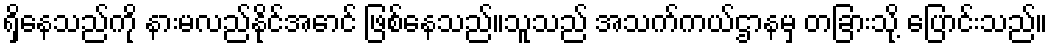
ရှိနေသည်ကို နားမလည်နိုင်အောင် ဖြစ်နေသည်။သူသည် အသက်ကယ်ဌာနမှ တခြားသို့ ပြောင်းသည်။